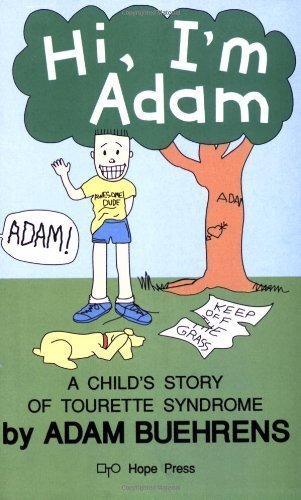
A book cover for Hi, Im Adam: A Childs Story of Tourette Syndrome by Adam Buehrens (January 1991); Health, Fitness & Dieting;